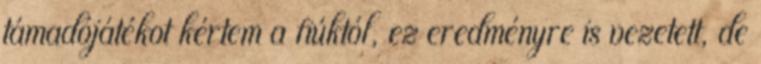
támadójátékot kértem a fiúktól, ez eredményre is vezetett, de